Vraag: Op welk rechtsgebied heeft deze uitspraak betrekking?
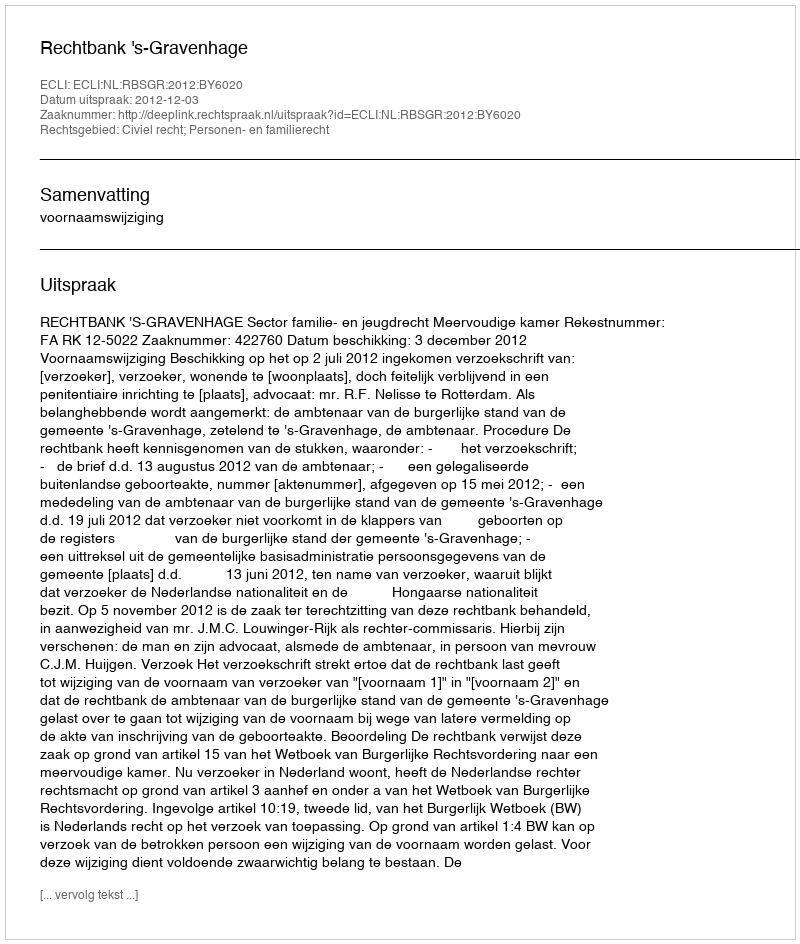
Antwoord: Civiel recht; Personen- en familierecht